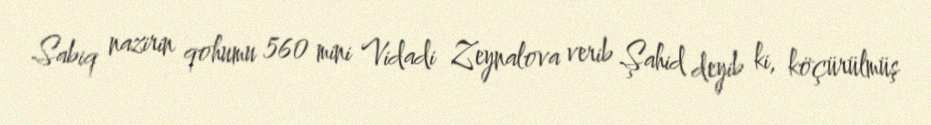
Sabiq nazirin qohumu 560 mini Vidadi Zeynalova verib Şahid deyib ki, köçürülmüş